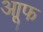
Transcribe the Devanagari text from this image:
आूफ